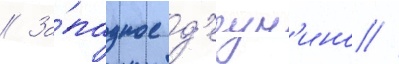
// За́падное д'егун'ино //